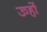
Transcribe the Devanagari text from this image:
ऊहों